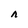
Character: n